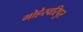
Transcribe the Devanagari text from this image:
मोहेस्वरिपुर